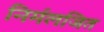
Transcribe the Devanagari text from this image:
निर्मलजित